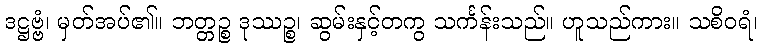
ဒဋ္ဌဗ္ဗံ၊ မှတ်အပ်၏။ ဘတ္တဉ္စ ဒုဿဉ္စ၊ ဆွမ်းနှင့်တကွ သင်္ကန်းသည်။ ဟူသည်ကား။ သစိဝရံ၊